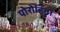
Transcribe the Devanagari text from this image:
पोरोहितों